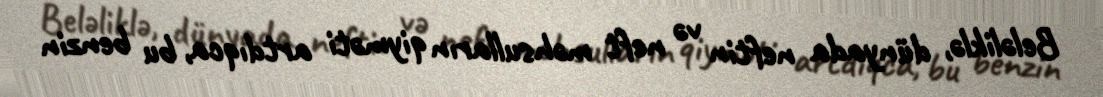
Beləliklə, dünyada neftin və neft məhsulların qiyməti artdıqca, bu benzin